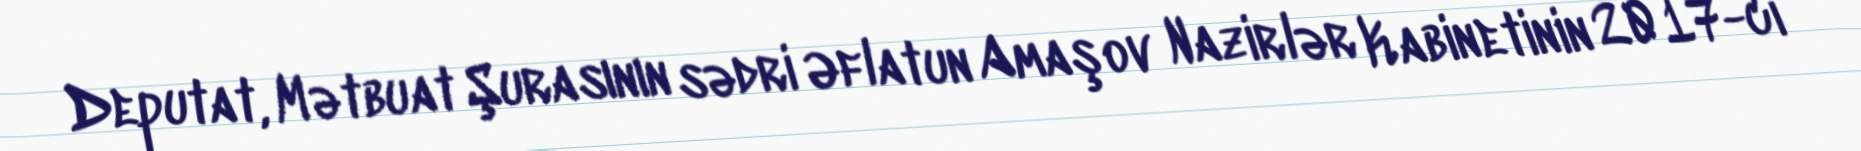
Deputat, Mətbuat Şurasının sədri Əflatun Amaşov Nazirlər Kabinetinin 2017-ci